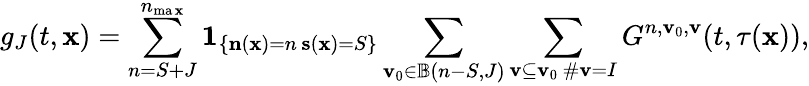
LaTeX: g_{J}(t,\mathbf{x})=\sum_{n=S+J}^{n_{\operatorname*{ma\mathbf{x}}}}\mathbf{{1}}_{\left\{ \substack{\mathbf{{n}}(\mathbf{x})=n\, \mathbf{{s}}(\mathbf{x})=S}\right\} }\sum_{\mathbf{{v}}_{0}\in\mathbb{{B}}(n-S,J)}\sum_{\substack{\mathbf{{v}}\subseteq\mathbf{{v}}_{0}\, \# \mathbf{{v}}=I}}G^{n,\mathbf{{v}}_{0},\mathbf{{v}}}(t,\tau(\mathbf{x})),